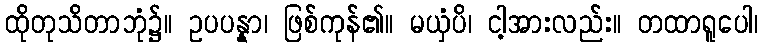
ထိုတုသိတာဘုံ၌။ ဥပပန္နာ၊ ဖြစ်ကုန်၏။ မယှံပိ၊ ငါ့အားလည်း။ တထာရူပေါ၊